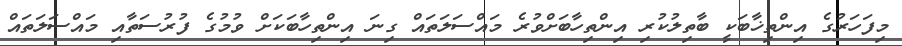
މިފަހަރުގެ އިންތިޚާބަކީ ބާތިލުކުރި އިންތިހާބަށްވުރެ މައްސަލަތައް ގިނަ އިންތިހާބަކަށް ވުމުގެ ފުރުސަތާއި މައްސަލަތައް